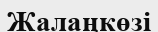
Жалаңкөзі